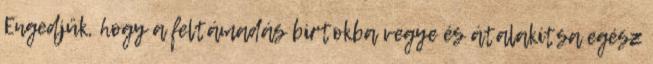
Engedjük, hogy a feltámadás birtokba vegye és átalakítsa egész